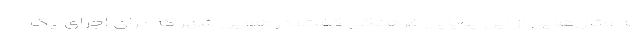
به مثال‌هایی از این پویایی فرهنگی گفت: در همین شهر که برای اجرای یک